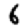
Digit: 6